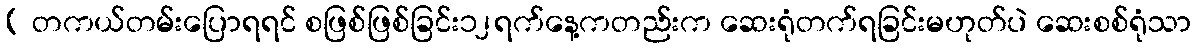
( တကယ်တမ်းပြောရရင် စဖြစ်ဖြစ်ခြင်း၁၂ရက်နေ့ကတည်းက ဆေးရုံတက်ရခြင်းမဟုတ်ပဲ ဆေးစစ်ရုံသာ